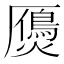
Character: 𤑤